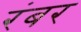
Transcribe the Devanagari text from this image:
रंबर